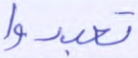
تعبدوا